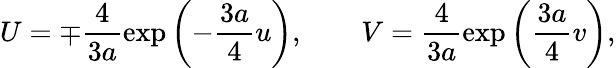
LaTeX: U=\mp\frac{4}{3a}\exp\left(-\frac{3a}{4}u\right),\quad\quad V=\frac{4}{3a}\exp\left(\frac{3a}{4}v\right),